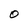
Character: O